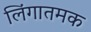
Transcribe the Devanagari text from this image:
लिंगातमक